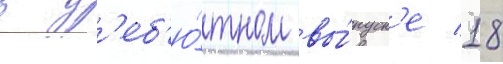
в д'еб'ю́тном вы́пуск'е 18